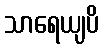
သာရေယျပိ